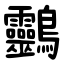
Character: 䴒